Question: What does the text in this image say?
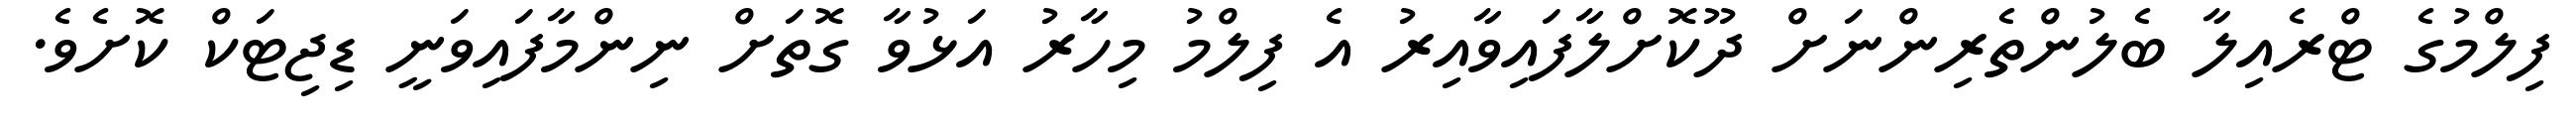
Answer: ފިލްމުގެ ޓްރެއިލާ ބެލުންތެރިންނަށް ދޫކޮށްލާފައިވާއިރު އެ ފިލްމު މިހާރު އަޅުވާ ގޮތަށް ނިންމާފައިވަނީ ޑިޖިޓަކް ކޮށެވެ.